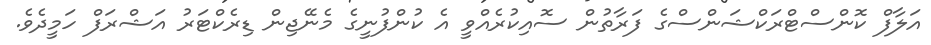
އަލާފް ކޮންސްޓްރަކްޝަންސްގެ ފަރާތުން ސޮއިކުރެއްވީ އެ ކުންފުނީގެ މެނޭޖިން ޑިރެކްޓަރު އަޝްރަފް ހަމީދެވެ.